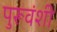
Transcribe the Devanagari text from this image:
पुरूवंशी